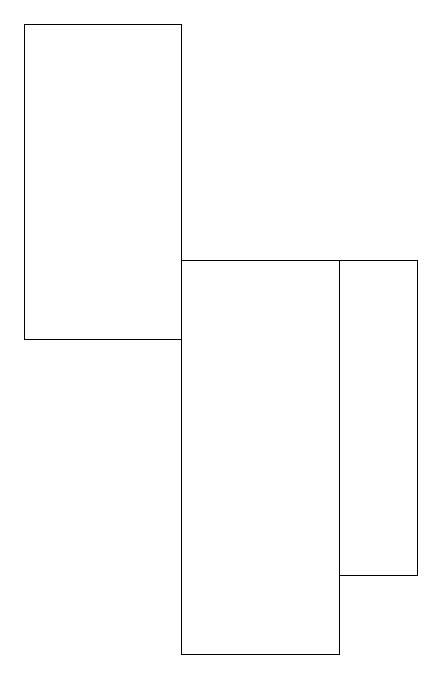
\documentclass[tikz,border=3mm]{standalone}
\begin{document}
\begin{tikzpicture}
\draw (7,15) rectangle (8,11);
\draw (7,15) rectangle (5,10);
\draw (5,18) rectangle (3,14);
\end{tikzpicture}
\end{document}